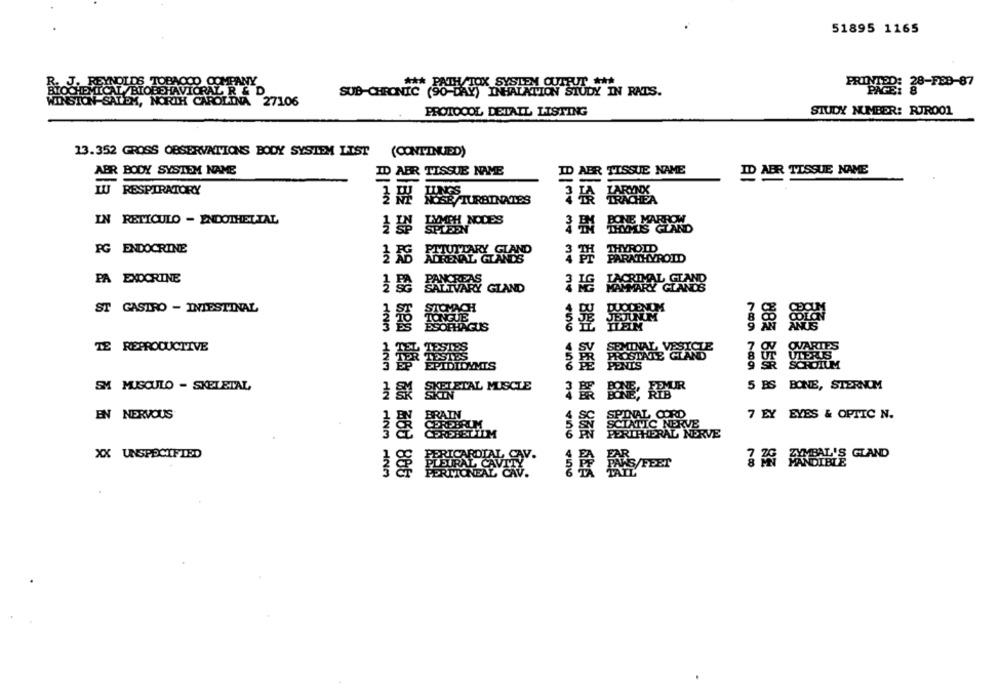
51895 1165
NOLDS TOBACCO COMPANY
TOX SYSTEM OUTPUT ***
"Me: 28-F83-87
MICAL /BIOBEHAVIORAL R & D
SUB-CHRONIC (90-DAY) INHALATION STUDY IN RATS.
N-SALEM, NORTH CAROLINA 27106
PROTOCOL DETAIL LISTING
STUDY NUMBER: RJR001
13.352 GROSS OBSERVATIONS BODY SYSTEM LIST
(CONTINUED)
ABR BODY SYSTEM NAME
ID ABR TISSUE NAME
ID AER TISSUE NAME
ID AER TISSUE NAME
LU RESPIRATORY
IN RETICULO - ENDOTHELIAL
} { NODES
PG ENDOCRINE
THYROID
PARATHYROID
PA EXOCRINE
2 ISTACRDAL CTAND
BALINARY GLAND
ST GASTRO - INTESTINAL
STOMACH
JODENUM
JE JEJUNUM
2TO TONGUE
ESOPHAGUS
TE REPRODUCTIVE
RUS
SCROILM
SM MUSCULO - SKELETAL
O SIAL MUSCLE
5 BS BONE, STERNUM
EN NERVOUS
BRAIN
7 EY EYES & OPTIC N.
SPINAL CORD
PRETILLIM
PERIPHERAL NERVE
XX UNSPECIFIED
1
FRICARDIA
, CAV.
PLEURAL C
AVIT
HN -NM MNM